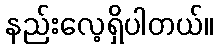
နည်းလေ့ရှိပါတယ်။